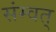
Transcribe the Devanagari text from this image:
संम्वत्